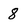
Character: 8